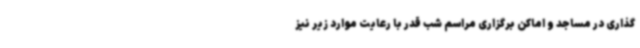
گذاری در مساجد و اماکن برگزاری مراسم شب قدر با رعایت موارد زیر نیز